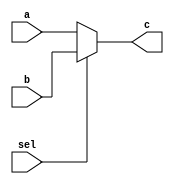
module Mux (
    input [31:0] a, b,
    input sel,
    output [31:0] c
  );

  assign c = (sel ? b : a);

endmodule


module Adder (
    input  [31:0] a, b,
    output [31:0] res
  );

  assign res = a + b;

endmodule